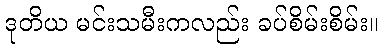
ဒုတိယ မင်းသမီးကလည်း ခပ်စိမ်းစိမ်း။